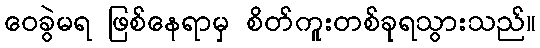
ဝေခွဲမရ ဖြစ်နေရာမှ စိတ်ကူးတစ်ခုရသွားသည်။